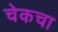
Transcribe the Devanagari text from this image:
चेकचा